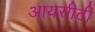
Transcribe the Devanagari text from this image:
आयसीटी